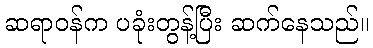
ဆရာဝန်က ပခုံးတွန့်ပြီး ဆက်နေသည်။